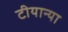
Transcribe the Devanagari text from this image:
टीयान्या